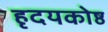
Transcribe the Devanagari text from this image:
हृदयकोष्ठ